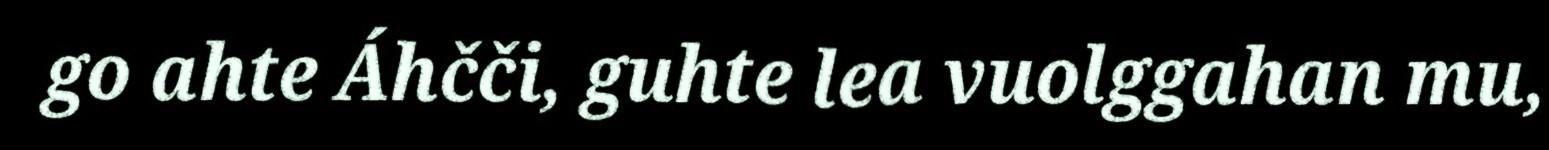
go ahte Áhčči, guhte lea vuolggahan mu,